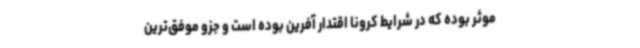
موثر بوده که در شرایط کرونا اقتدار آفرین بوده است و جزو موفق‌ترین